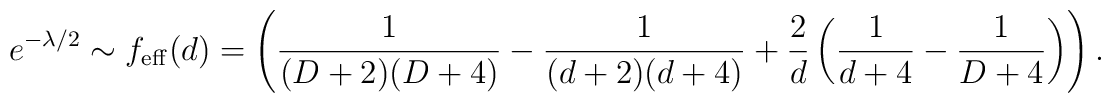
e^{-\lambda/2} \sim f_{\rm eff}(d)= \left( {1 \over (D+2)(D+4)} - {1 \over (d+2)(d+4)}+ {2 \over d} \left( {1 \over d+4} -{1 \over D+4} \right) \right) .